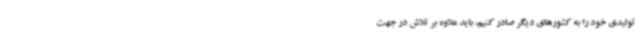
تولیدی خود را به کشورهای دیگر صادر کنیم، باید علاوه بر تلاش در جهت